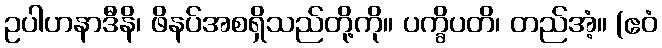
ဥပါဟနာဒီနိ၊ ဖိနပ်အစရှိသည်တို့ကို။ ပက္ခိပတိ၊ တည်အံ့။ (ဧဝံ